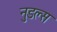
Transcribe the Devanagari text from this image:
नुडल्स